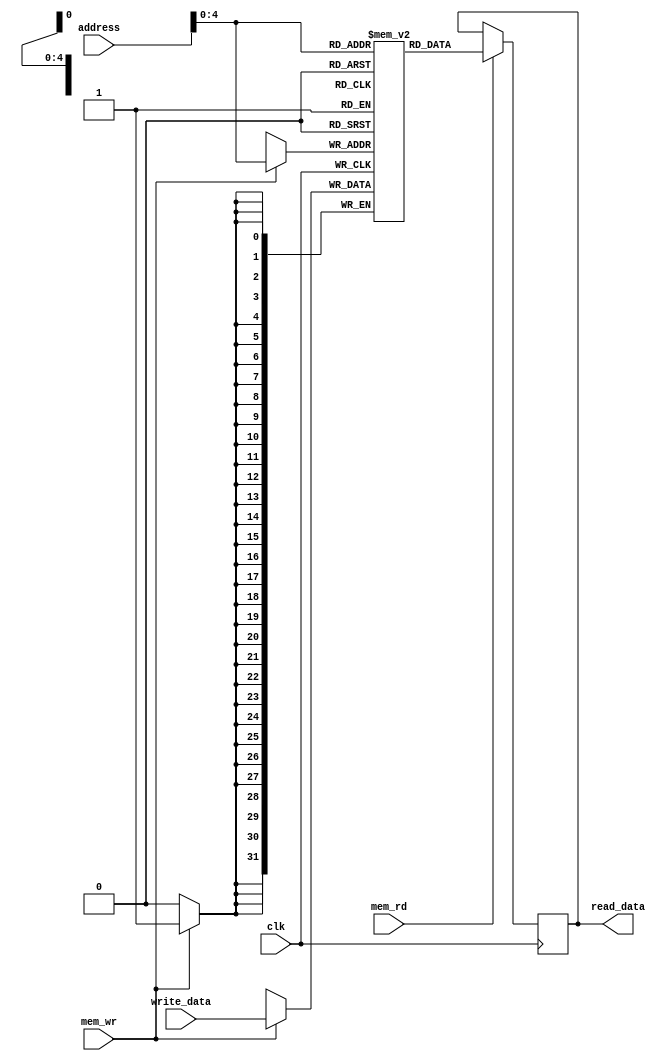
`timescale 1ns / 1ps
//////////////////////////////////////////////////////////////////////////////////
// Company: 
// Engineer: 
// 
// Design Name: 
// Module Name:    data_memory 
// Project Name: 
// Target Devices: 
// Tool versions: 
// Description: 
//
// Dependencies: 
//
// Revision: 
// Revision 0.01 - File Created
// Additional Comments: 
//
//////////////////////////////////////////////////////////////////////////////////
module data_memory(read_data,clk,address,write_data,mem_rd,mem_wr);
input clk;
input [31:0] address;
input [31:0] write_data;
input mem_rd;
input mem_wr;

reg [31:0] memory[31:0];
output reg [31:0] read_data;

always@(posedge clk)begin
	
	if(mem_rd==1)
		read_data=memory[address];
	if(mem_wr==1)
		memory[address]=write_data;

end

endmodule